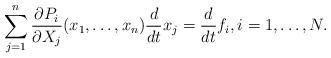
LaTeX: \begin{align*}\sum_{j=1}^n\frac{\partial P_i}{\partial X_j}(x_1,\ldots,x_n)\frac{d}{dt}x_j=\frac{d}{dt}f_i,i=1,\ldots,N.\end{align*}